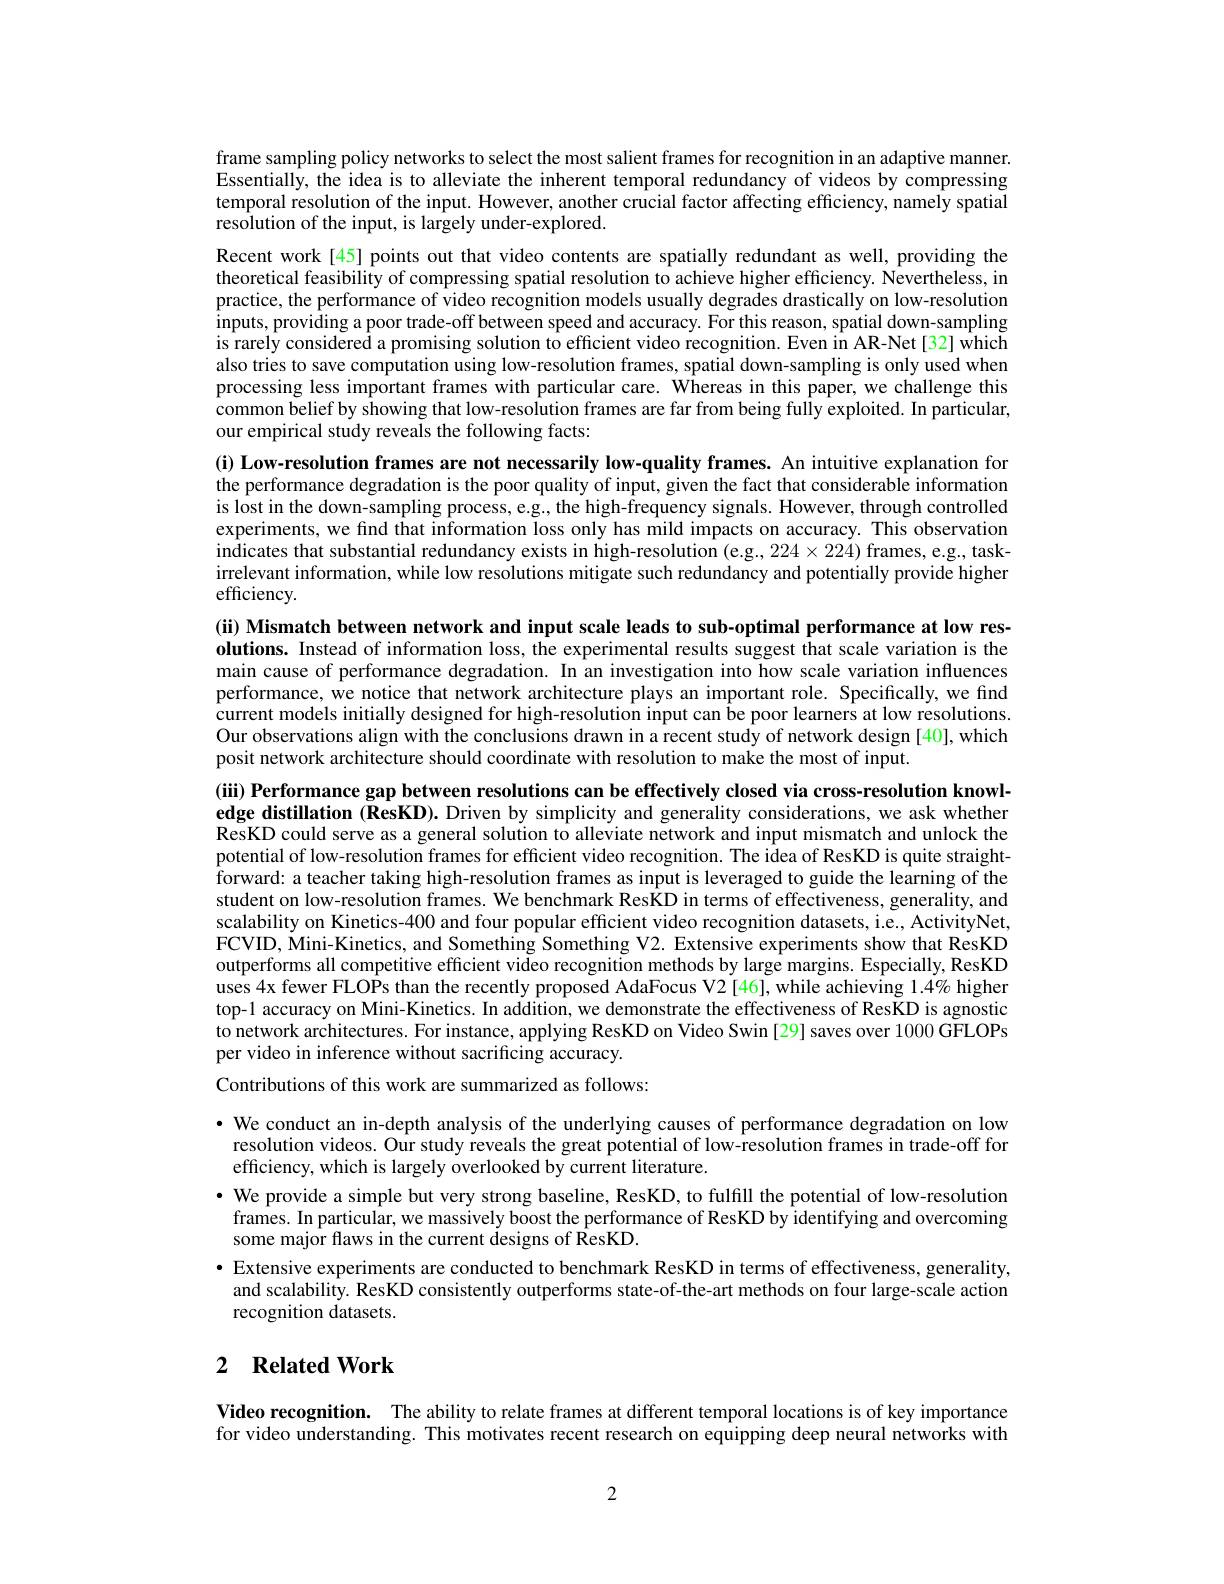
frame sampling policy networks to select the most salient frames for recognition in an adaptive manner. Essentially, the idea is to alleviate the inherent temporal redundancy of videos by compressing temporal resolution of the input. However, another crucial factor affecting efficiency, namely spatial resolution of the input, is largely under-explored.

Recent work[45] points out that video contents are spatially redundant as well, providing the theoretical feasibility of compressing spatial resolution to achieve higher efficiency. Nevertheless, in practice, the performance of video recognition models usually degrades drastically on low-resolution inputs, providing a poor trade-off between speed and accuracy. For this reason, spatial down-sampling is rarely considered a promising solution to efficient video recognition. Even in AR-Net[32] which also tries to save computation using low-resolution frames, spatial down-sampling is only used when processing less important frames with particular care. Whereas in this paper, we challenge this common belief by showing that low-resolution frames are far from being fully exploited. In particular, our empirical study reveals the following facts:

(i) Low-resolution frames are not necessarily low-quality frames. An intuitive explanation for the performance degradation is the poor quality of input, given the fact that considerable information is lost in the down-sampling process, e.g., the high-frequency signals. However, through controlled experiments, we find that information loss only has mild impacts on accuracy. This observation indicates that substantial redundancy exists in high-resolution (e.g., 224×224) frames, e.g., taskirrelevant information, while low resolutions mitigate such redundancy and potentially provide higher efficiency.

(ii) Mismatch between network and input scale leads to sub-optimal performance at low resolutions. Instead of information loss, the experimental results suggest that scale variation is the main cause of performance degradation. In an investigation into how scale variation influences performance, we notice that network architecture plays an important role. Specifically, we find current models initially designed for high-resolution input can be poor learners at low resolutions Our observations align with the conclusions drawn in a recent study of network design [40], which posit network architecture should coordinate with resolution to make the most of input.

(iii) Performance gap between resolutions can be effectively closed via cross-resolution knowl-

edge distillation (ResKD). Driven by simplicity and generality considerations, we ask whether ResKD could serve as a general solution to alleviate network and input mismatch and unlock the potential of low-resolution frames for efficient video recognition. The idea of ResKD is quite straight- $\bar{\text{forward: a teacher taking high-resolution frames as input is leveraged to guide the learning of the}}$ student on low-resolution frames. We benchmark ResKD in terms of effectiveness, generality, and scalability on Kinetics-400 and four popular efficient video recognition datasets, i.e., ActivityNet, FCVID, Mini-Kinetics, and Something Something V2. Extensive experiments show that ResKD outperforms all competitive efficient video recognition methods by large margins. Especially, ResKD uses 4x fewer FLOPs than the recently proposed AdaFocus V2 [46], while achieving 1.4% higher top-1 accuracy on Mini-Kinetics. In addition, we demonstrate the effectiveness of ResKD is agnostic $\dot{\text{to network architectures. For instance, applying ResKD on Video Swin [29] saves over 1000 GFLOPs}}$ per video in inference without sacrificing accuracy.
Contributions of this work are summarized as follows:

· We conduct an in-depth analysis of the underlying causes of performance degradation on low resolution videos. Our study reveals the great potential of low-resolution frames in trade-off for efficiency, which is largely overlooked by current literature.
· We provide a simple but very strong baseline, ResKD, to fulfill the potential of low-resolution $\hat{\text{frames. In particular, we massively boost the performance of ResKD by identifying and overcoming}}$ some major flaws in the current designs of ResKD.
$\bullet$ Extensive experiments are conducted to benchmark ResKD in terms of effectiveness, generality, and scalability. ResKD consistently outperforms state-of-the-art methods on four large-scale action recognition datasets.

## 2 $\textbf{Related Work}$

Video recognition. The ability to relate frames at different temporal locations is of key importance for video understanding. This motivates recent research on equipping deep neural networks with

2